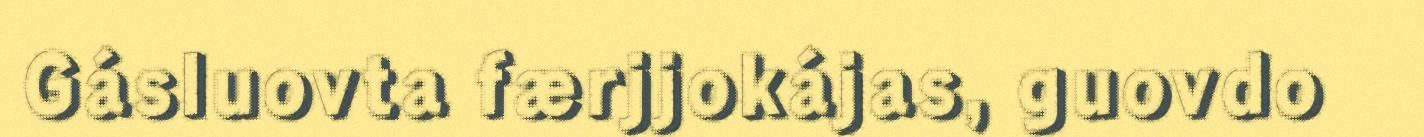
Gásluovta færjjokájas, guovdo